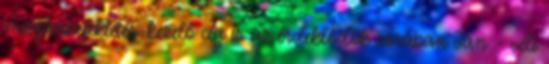
magánbefektetés-kezelő cég is az érdeklődők sorában van – véli